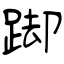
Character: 踋